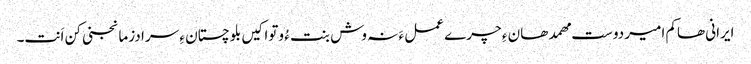
ایرانی ھاکم امیر دوست مھمد ھان ءِ چرے عمل ءَ نہ وش بنت ءُ وتواکیں بلوچستان ءِ سرا دزمانجنی کن اَنت۔